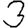
Digit: 3